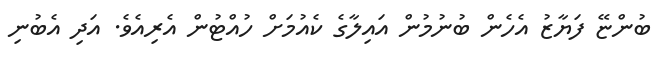
ބުންޏޭ ފަޔާޒު އެހެން ބުނުމުން އައިލާގެ ކެއުމަށް ހުއްޓުން އެރިއެެވެ. އަދި އެބުނި